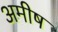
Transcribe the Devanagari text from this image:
अमीष